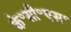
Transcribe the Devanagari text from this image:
के॰सी॰एस॰